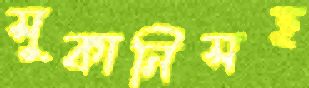
সুকানিসহ